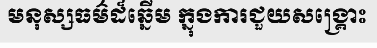
មនុស្សធម៌ដ៏ឆ្នើម ក្នុងការជួយសង្គ្រោះ